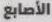
الأصابع